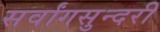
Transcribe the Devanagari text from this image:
सर्वांगसुन्दरी